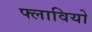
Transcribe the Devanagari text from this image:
फ्लावियो